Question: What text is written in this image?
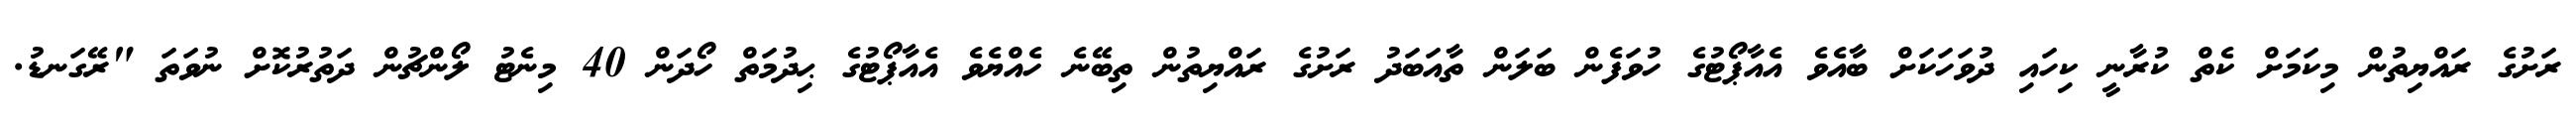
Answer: ރަށުގެ ރައްޔިތުން މިކަމަށް ކެތް ކުރާނީ ކިހައި ދުވަހަކަށް ބާއެވެ އެއާޕޯޓުގެ ހުވަފެން ބަލަން ތާއަބަދު ރަށުގެ ރައްޔިތުން ތިބޭނެ ހެއްޔެވެ އެއާޕޯޓުގެ ޙިދުމަތް ހޯދަން 40 މިނެޓު ލޯންޗުން ދަތުރުކޮށް ނުވަތަ "ރޭގަނޑު.